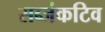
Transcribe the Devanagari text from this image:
सब्जंकटिव